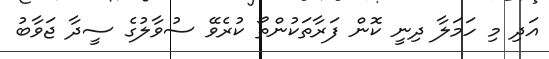
އަދި މި ހަމަލާ ދިނީ ކޮން ފަރާތަކުންތޯ ކުރެވޭ ސުވާލުގެ ސީދާ ޖަވާބު